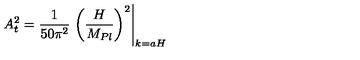
A _ { \sc t } ^ { 2 } = { \frac { 1 } { 5 0 \pi ^ { 2 } } } \left. \left( { \frac { H } { M _ { P l } } } \right) ^ { 2 } \right| _ { k = a H } \,